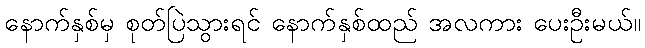
နောက်နှစ်မှ စုတ်ပြဲသွားရင် နောက်နှစ်ထည် အလကား ပေးဦးမယ်။